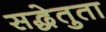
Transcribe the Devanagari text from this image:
सद्धेतुता